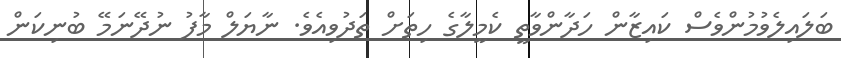
ބަލައިލެވުމުންވެސް ކައިޒާން ހަދާންވާތީ ކެމީލާގެ ހިތަށް ތަދުވިއެވެ. ނާޔަލް މާފު ނުދޭނަމޭ ބުނިކަން